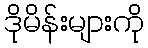
ဒိုမိန်းများကို